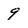
Character: 9